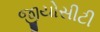
જીયોસીટી